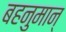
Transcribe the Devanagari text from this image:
बहनुमान्